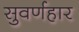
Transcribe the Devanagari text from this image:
सुवर्णहार